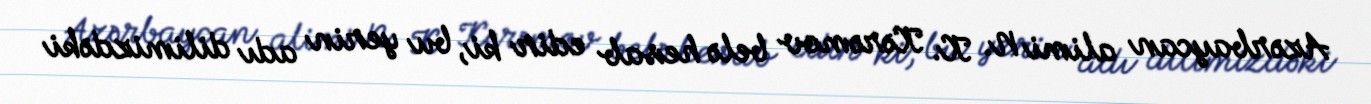
Azərbaycan alimi N. K. Kərəmov belə hesab edir ki, bu yerin adı dilimizdəki